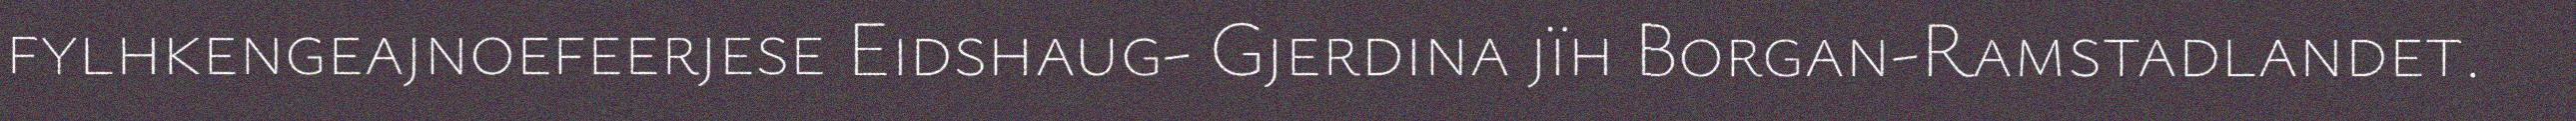
fylhkengeajnoefeerjese Eidshaug- Gjerdina jïh Borgan-Ramstadlandet.